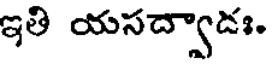
ఇతి యసద్వాడః.